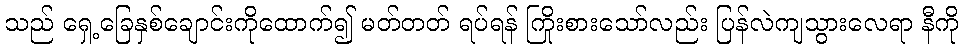
သည် ရှေ့ခြေနှစ်ချောင်းကိုထောက်၍ မတ်တတ် ရပ်ရန် ကြိုးစားသော်လည်း ပြန်လဲကျသွားလေရာ နီကို